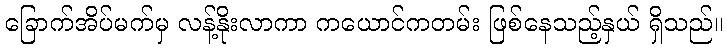
ခြောက်အိပ်မက်မှ လန့်နိုးလာကာ ကယောင်ကတမ်း ဖြစ်နေသည့်နှယ် ရှိသည်။